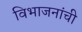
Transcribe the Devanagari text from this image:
विभाजनांची